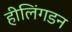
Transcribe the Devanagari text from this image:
हीलिंगडन